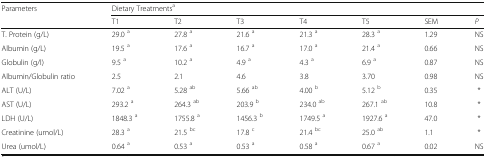
| <ROWSPAN=2> Parameters | <COLSPAN=7> Dietary Treatmentsa |
 | T1 | T2 | T3 | T4 | T5 | SEM | P |
 | --- | --- | --- | --- | --- | --- | --- | --- |
 | T. Protein (g/L) | 29.0 a | 27.8 a | 21.6 a | 21.3 a | 28.3 a | 1.29 | NS |
 | Albumin (g/L) | 19.5 a | 17.6 a | 16.7 a | 17.0 a | 21.4 a | 0.66 | NS |
 | Globulin (g/l) | 9.5 a | 10.2 a | 4.9 a | 4.3 a | 6.9 a | 0.87 | NS |
 | Albumin/Globulin ratio | 2.5 | 2.1 | 4.6 | 3.8 | 3.70 | 0.98 | NS |
 | ALT (U/L) | 7.02 a | 5.28 ab | 5.66 ab | 4.00 b | 5.12 b | 0.35 | * |
 | AST (U/L) | 293.2 a | 264.3 ab | 203.9 b | 234.0 ab | 267.1 ab | 10.8 | * |
 | LDH (U/L) | 1848.3 a | 1755.8 a | 1456.3 b | 1749.5 a | 1927.6 a | 47.0 | * |
 | Creatinine (umol/L) | 28.3 a | 21.5 bc | 17.8 c | 21.4 bc | 25.0 ab | 1.1 | * |
 | Urea (umol/L) | 0.64 a | 0.53 a | 0.53 a | 0.58 a | 0.67 a | 0.02 | NS |